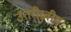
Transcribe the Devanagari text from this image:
उत्तरीध्रुवीय